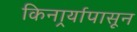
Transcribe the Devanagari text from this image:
किनार्र्यापासून